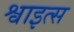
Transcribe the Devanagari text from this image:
श्वाइत्स